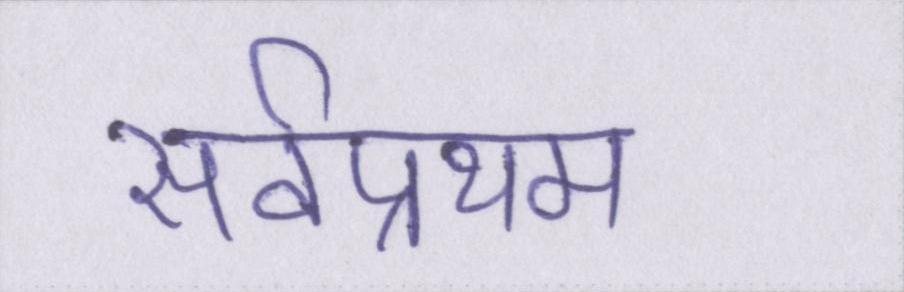
सर्वप्रथम